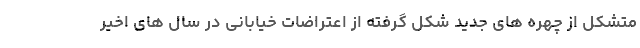
متشکل از چهره های جدید شکل گرفته از اعتراضات خیابانی در سال های اخیر